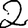
Digit: 2